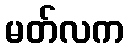
မတ်လက